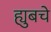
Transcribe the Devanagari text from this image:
ह्युबचे